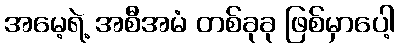
အမေ့ရဲ့ အစီအမံ တစ်ခုခု ဖြစ်မှာပေါ့